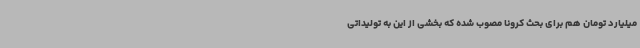
میلیارد تومان هم برای بحث کرونا مصوب شده که بخشی از این به تولیداتی